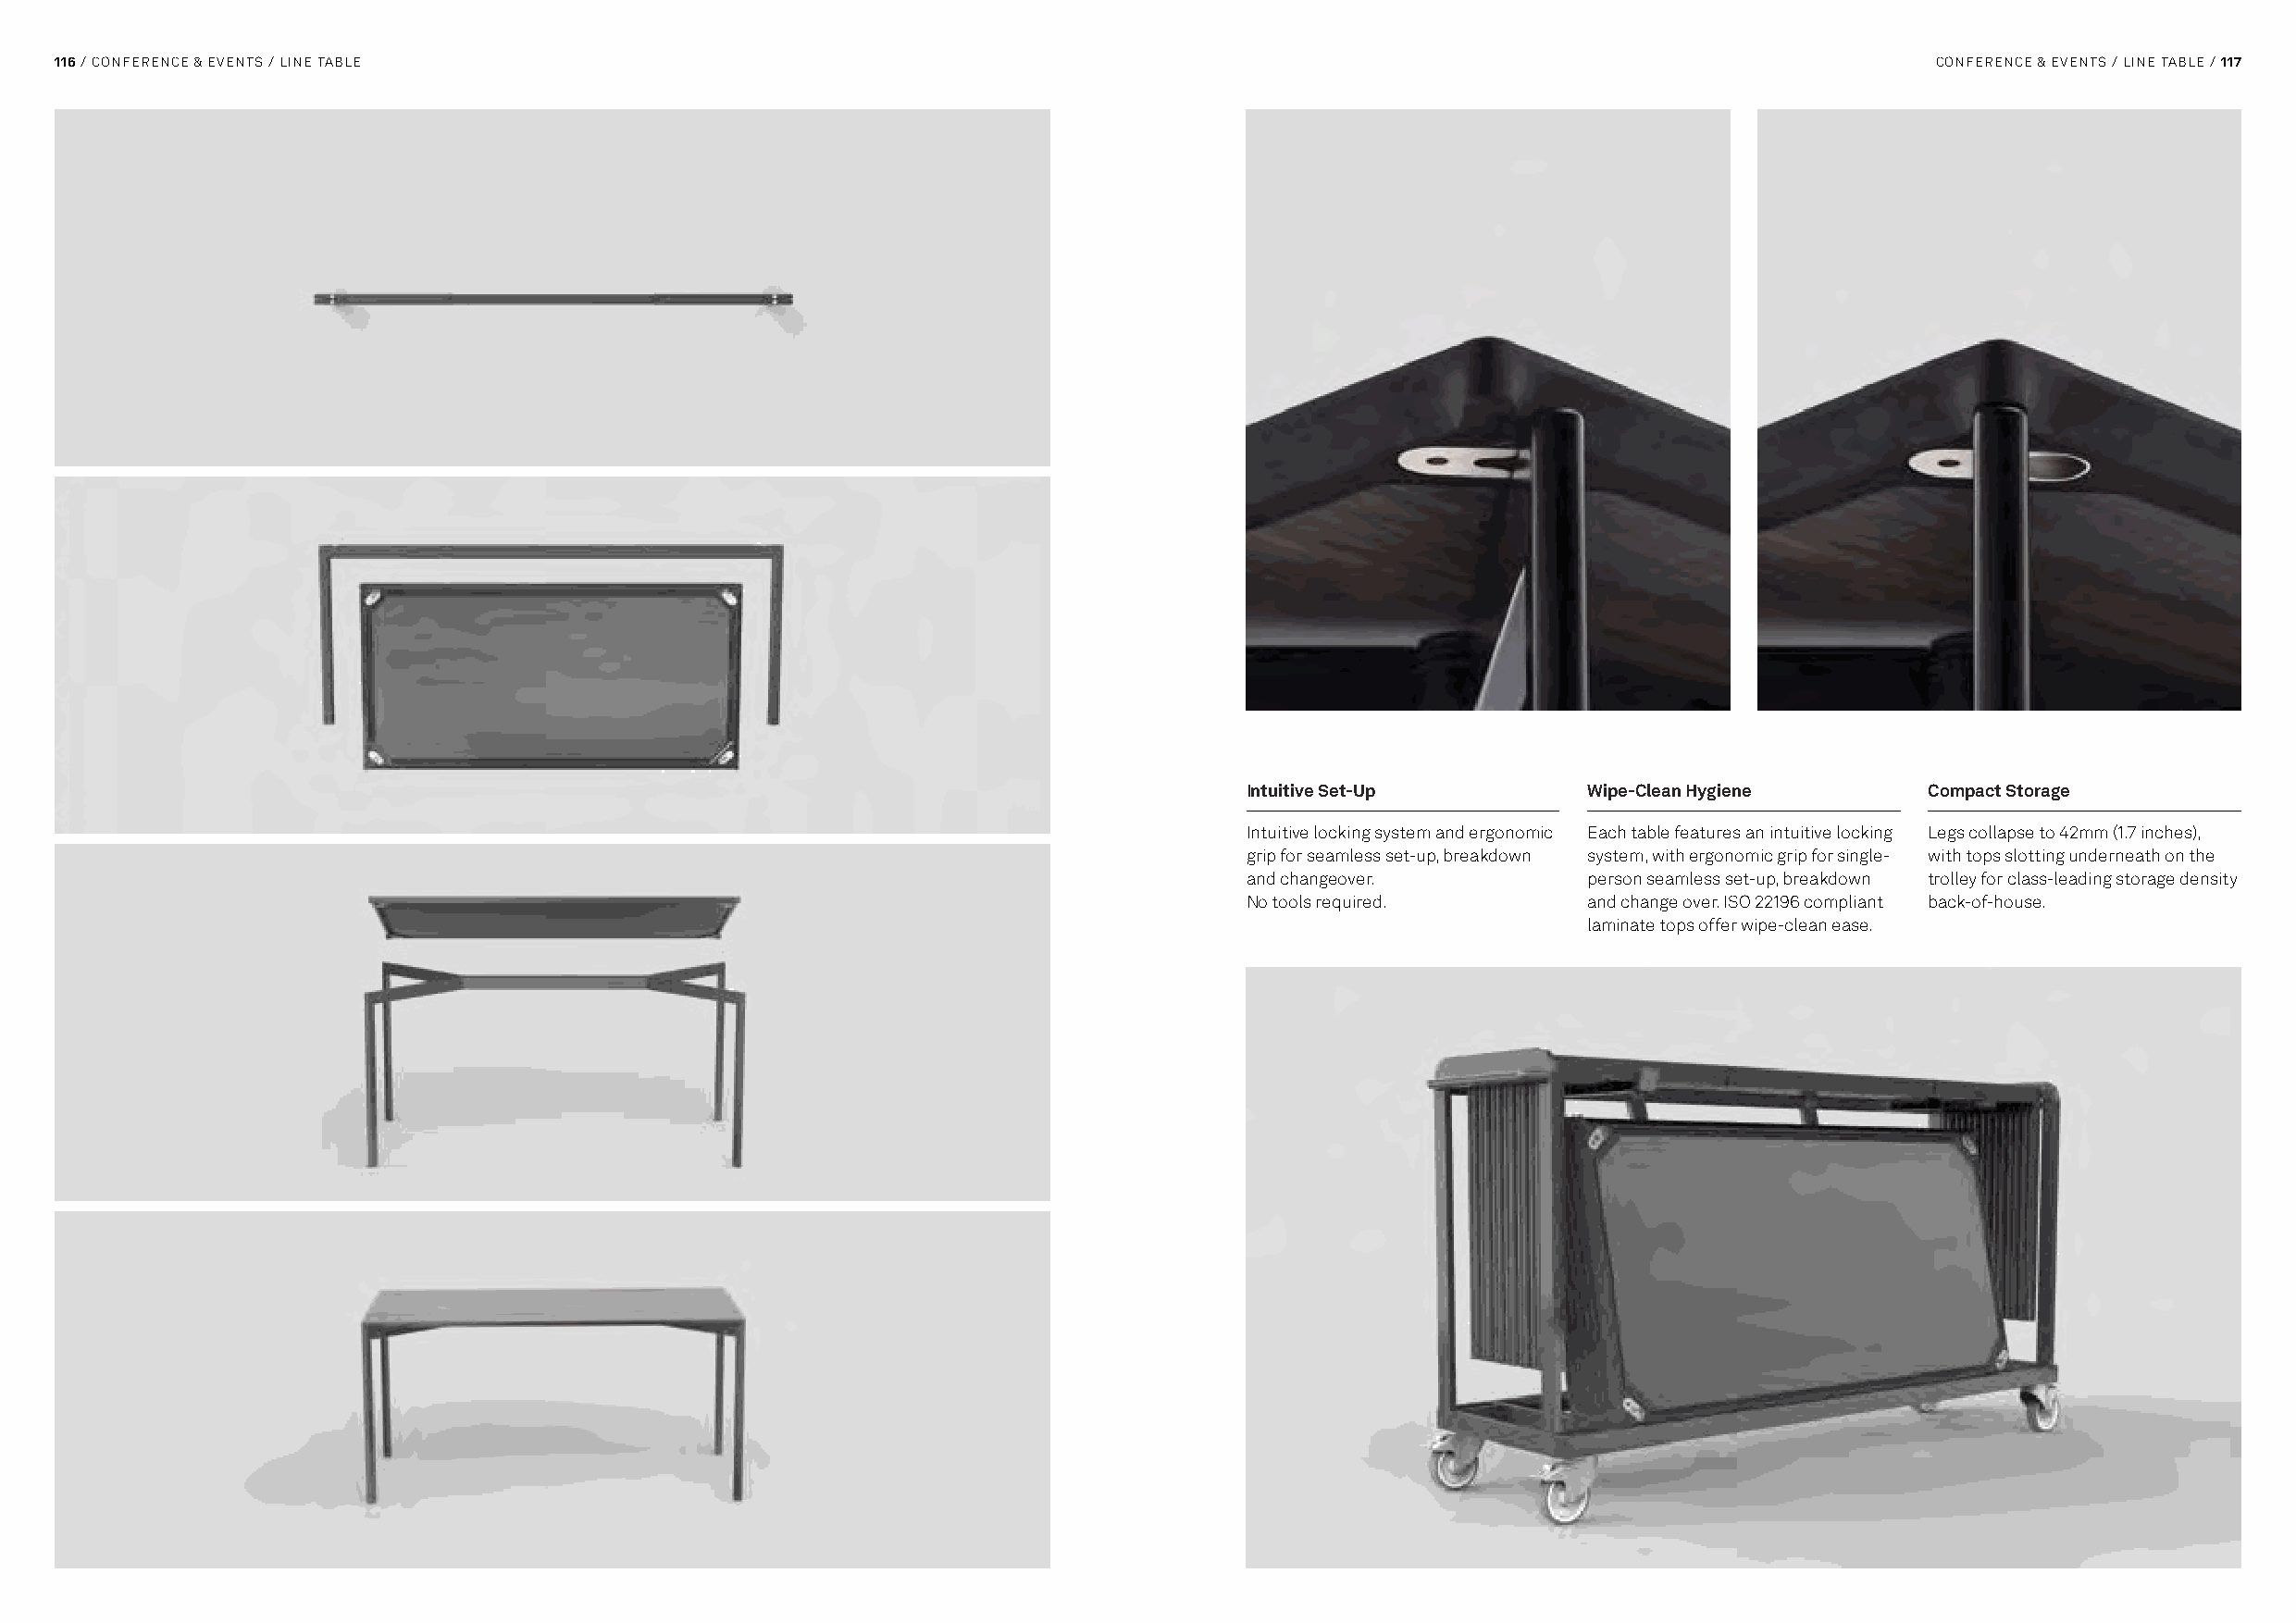
116 / CONFERENCE & EVENTS / LINE TABLE                                                                                                CONFERENCE & EVENTS / LINE TABLE / 117
 Intuitive Set-Up         Wipe-Clean Hygiene      Compact Storage
 Intuitive locking system and ergonomic Each table features an intuitive locking Legs collapse to 42mm (1.7 inches),
 grip for seamless set-up, breakdown system, with ergonomic grip for single- with tops slotting underneath on the
 and changeover.          person seamless set-up, breakdown trolley for class-leading storage density
 No tools required.       and change over. ISO 22196 compliant back-of-house.
 laminate tops offer wipe-clean ease.